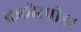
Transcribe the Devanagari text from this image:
कठोरपीडा